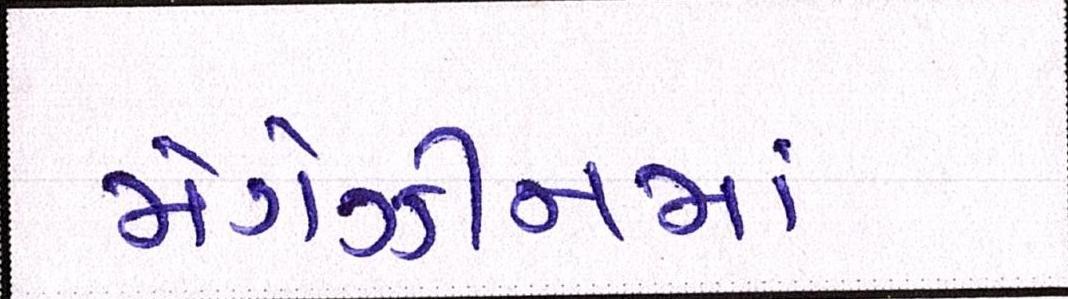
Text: મેગેઝીનમાં